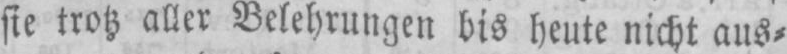
sie trotz aller Belehrungen bis heute nicht aus⸗